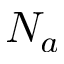
N _ { a }